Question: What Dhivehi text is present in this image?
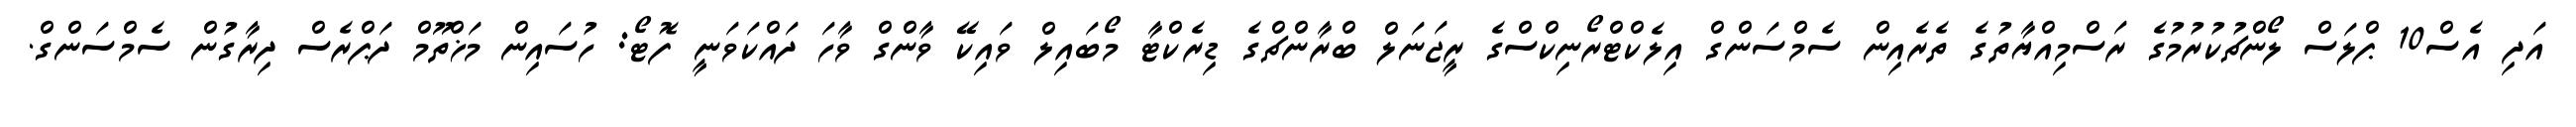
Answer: އަދި އެސް10 ޕްލަސް ލޯންޗުކުރުމުގެ ރަސްމިއްޔާތުގެ ތެރެއިން ސެމްސަންގް އިލެކްޓްރޯނިކްސްގެ ރީޖަނަލް ބްރާންޗްގެ ޑިރެކްޓާ މޯބައިލް ވައިކޭ ވާންގް ވާހަ ދައްކަވަނީ ފޮޓޯ: ހުސައިން މަޚްތޫމް ދަޕްރެސް ދިރާގުން ސެމްސަންގް.